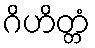
ဂိဟိတ္တံ